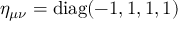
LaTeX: \eta _ { \mu \nu } = \operatorname { d i a g } ( - 1 , 1 , 1 , 1 )